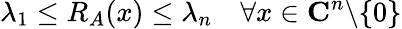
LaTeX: \lambda_{1}\leq R_{A}(x)\leq\lambda_{n}\quad\forall x\in\mathbf{C}^{n}\backslash\{ 0\}